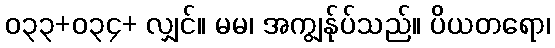
၀၃၃+၀၃၄+ လျှင်။ မမ၊ အကျွန်ုပ်သည်။ ပိယတရော၊